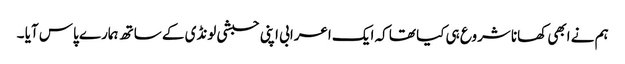
ہم نے ابھی کھانا شروع ہی کیا تھا کہ ایک اعرابی اپنی حبشی لونڈی کے ساتھ ہمارے پاس آیا ۔